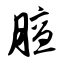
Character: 膻